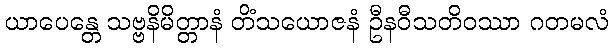
ယာပေန္တေ သဗ္ဗနိမိတ္တာနံ တိံသယောဇနံ ဦနဝီသတိဝဿာ ဂတမလံ